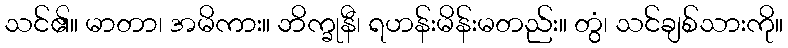
သင်၏။ မာတာ၊ အမိကား။ ဘိက္ခုနီ၊ ရဟန်းမိန်းမတည်း။ တွံ၊ သင်ချစ်သားကို။